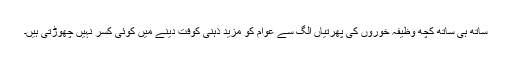
ساتھ ہی ساتھ کچھ وظیفہ خوروں کی پھرتیاں الگ سے عوام کو مزید ذہنی کوفت دینے میں کوئی کسر نہیں چھوڑتی ہیں۔